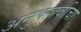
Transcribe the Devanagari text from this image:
अनुपल्लवीचा